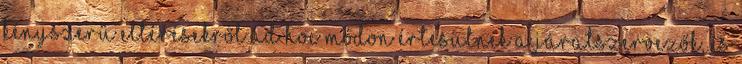
kényszerű eltérésekről ad hoc módon értesülnek a járatszervezők, és